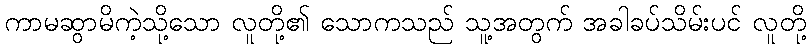
ကာမဆွာမိကဲ့သို့သော လူတို့၏ သောကသည် သူ့အတွက် အခါခပ်သိမ်းပင် လူတို့